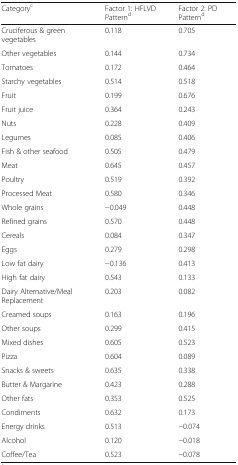
<table><thead><tr><td><b>Category<sup>c</sup></b></td><td><b>Factor 1: HFLVD Pattern<sup>d</sup></b></td><td><b>Factor 2: PD Pattern<sup>d</sup></b></td></tr></thead><tbody><tr><td>Cruciferous &amp; green vegetables</td><td>0.118</td><td>0.705</td></tr><tr><td>Other vegetables</td><td>0.144</td><td>0.734</td></tr><tr><td>Tomatoes</td><td>0.172</td><td>0.464</td></tr><tr><td>Starchy vegetables</td><td>0.514</td><td>0.518</td></tr><tr><td>Fruit</td><td>0.199</td><td>0.676</td></tr><tr><td>Fruit juice</td><td>0.364</td><td>0.243</td></tr><tr><td>Nuts</td><td>0.228</td><td>0.409</td></tr><tr><td>Legumes</td><td>0.085</td><td>0.406</td></tr><tr><td>Fish &amp; other seafood</td><td>0.505</td><td>0.479</td></tr><tr><td>Meat</td><td>0.645</td><td>0.457</td></tr><tr><td>Poultry</td><td>0.519</td><td>0.392</td></tr><tr><td>Processed Meat</td><td>0.580</td><td>0.346</td></tr><tr><td>Whole grains</td><td>−0.049</td><td>0.448</td></tr><tr><td>Refined grains</td><td>0.570</td><td>0.448</td></tr><tr><td>Cereals</td><td>0.084</td><td>0.347</td></tr><tr><td>Eggs</td><td>0.279</td><td>0.298</td></tr><tr><td>Low fat dairy</td><td>−0.136</td><td>0.413</td></tr><tr><td>High fat dairy</td><td>0.543</td><td>0.133</td></tr><tr><td>Dairy Alternative/Meal Replacement</td><td>0.203</td><td>0.082</td></tr><tr><td>Creamed soups</td><td>0.163</td><td>0.196</td></tr><tr><td>Other soups</td><td>0.299</td><td>0.415</td></tr><tr><td>Mixed dishes</td><td>0.605</td><td>0.523</td></tr><tr><td>Pizza</td><td>0.604</td><td>0.089</td></tr><tr><td>Snacks &amp; sweets</td><td>0.635</td><td>0.338</td></tr><tr><td>Butter &amp; Margarine</td><td>0.423</td><td>0.288</td></tr><tr><td>Other fats</td><td>0.353</td><td>0.525</td></tr><tr><td>Condiments</td><td>0.632</td><td>0.173</td></tr><tr><td>Energy drinks</td><td>0.513</td><td>−0.074</td></tr><tr><td>Alcohol</td><td>0.120</td><td>−0.018</td></tr><tr><td>Coffee/Tea</td><td>0.523</td><td>−0.078</td></tr></tbody></table>